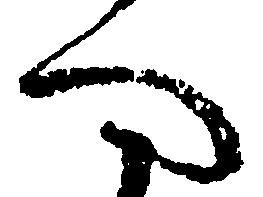
へ